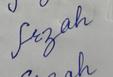
Signature authenticity: forged